Report on malaria in the Punjab during the year ...  together with an account of the work of the Punjab Malaria Bureau - Volume 5
Disease focus: Malaria
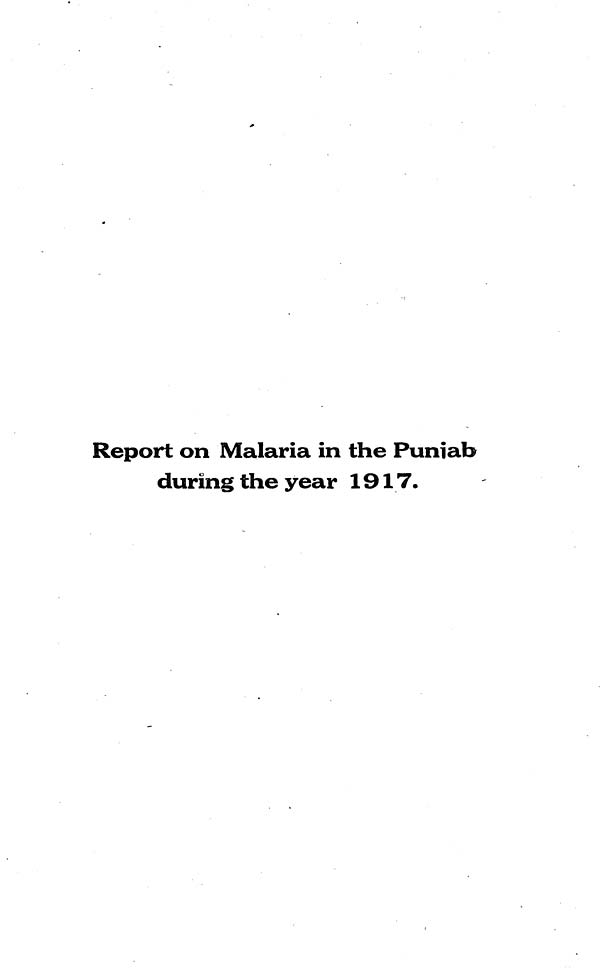
Report on Malaria in the Punjab
during the year 1917.